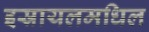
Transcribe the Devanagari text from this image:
इस्रायलमधिल